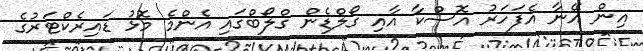
އިން އޭނާ އެފަހަރު އޮސްކާ އާއި ގޯލްޑެން ގްލޯބްގައި އެންމެ މޮޅު ޑައިރެކްޓަރުގެ